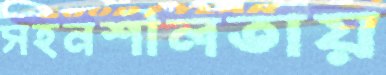
সহনশীলতায়